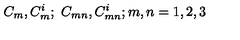
C _ { m } , C _ { m } ^ { i } ; \ C _ { m n } , C _ { m n } ^ { i } ; m , n = 1 , 2 , 3